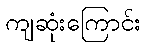
ကျဆုံးကြောင်း